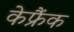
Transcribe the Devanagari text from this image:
केफ्रैंक